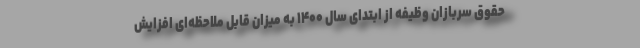
حقوق سربازان وظیفه از ابتدای سال ۱۴۰۰ به میزان قابل ملاحظه‌ای افزایش